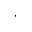
^ ,